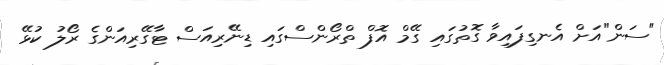
"ސަން"އަށް އެނގިފައިވާ ގޮތުގައި ގޭމް އޮފް ތްރޯންސްގައި ޑިނޭރިއަސް ޓާގޭރިއަންގެ ރޯލު ކުޅޭ